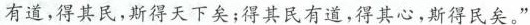
有道，得其民，斯得天下矣；得其民有道，得其心，斯得民矣。”